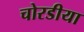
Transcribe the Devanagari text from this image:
चोरडीया